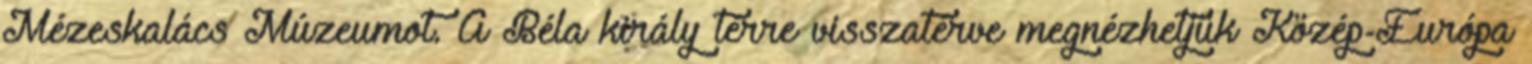
Mézeskalács Múzeumot. A Béla király térre visszatérve megnézhetjük Közép-Európa